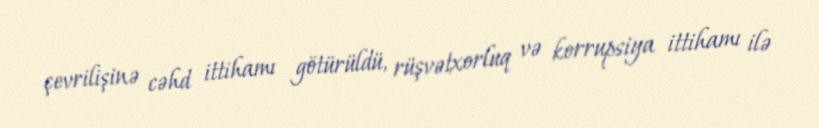
çevrilişinə cəhd ittihamı götürüldü, rüşvətxorluq və korrupsiya ittihamı ilə